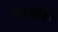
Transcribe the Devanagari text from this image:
रायपोल